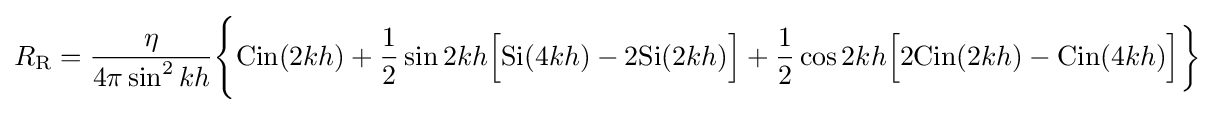
R_{\text{R}}={\eta  \over 4\pi \sin ^{2}kh}{\Biggl \{}{\text{Cin}}(2kh)+{1 \over 2}\sin 2kh{\Bigl [}{\text{Si}}(4kh)-2{\text{Si}}(2kh){\Bigr ]}+{1 \over 2}\cos 2kh{\Bigl [}2{\text{Cin}}(2kh)-{\text{Cin}}(4kh){\Bigr ]}{\biggr \}}